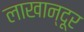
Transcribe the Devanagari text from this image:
लाखान्दूर